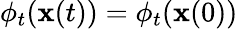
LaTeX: \phi_{t}(\mathbf{x}(t))=\phi_{t}(\mathbf{x}(0))